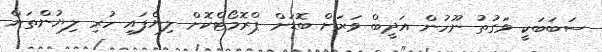
ސަބަބަކީ ވަގުތު ނޫހުން އަދީބް ވަރަށް ބޮޑަށް ޕްރޮމޯޓްކޮށް ލިޔެފައި ހުރި ލިޔުންތަށް